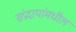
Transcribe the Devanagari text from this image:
संप्रदायांमधील